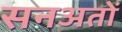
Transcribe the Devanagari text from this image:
सनअतों